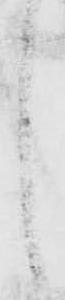
し